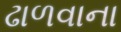
ઢાળવાના